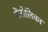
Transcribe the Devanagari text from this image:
मेंजोलिका